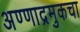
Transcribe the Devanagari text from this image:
अण्णाद्रमुकचा